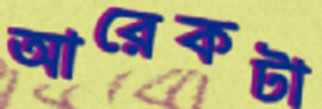
আরেকটা